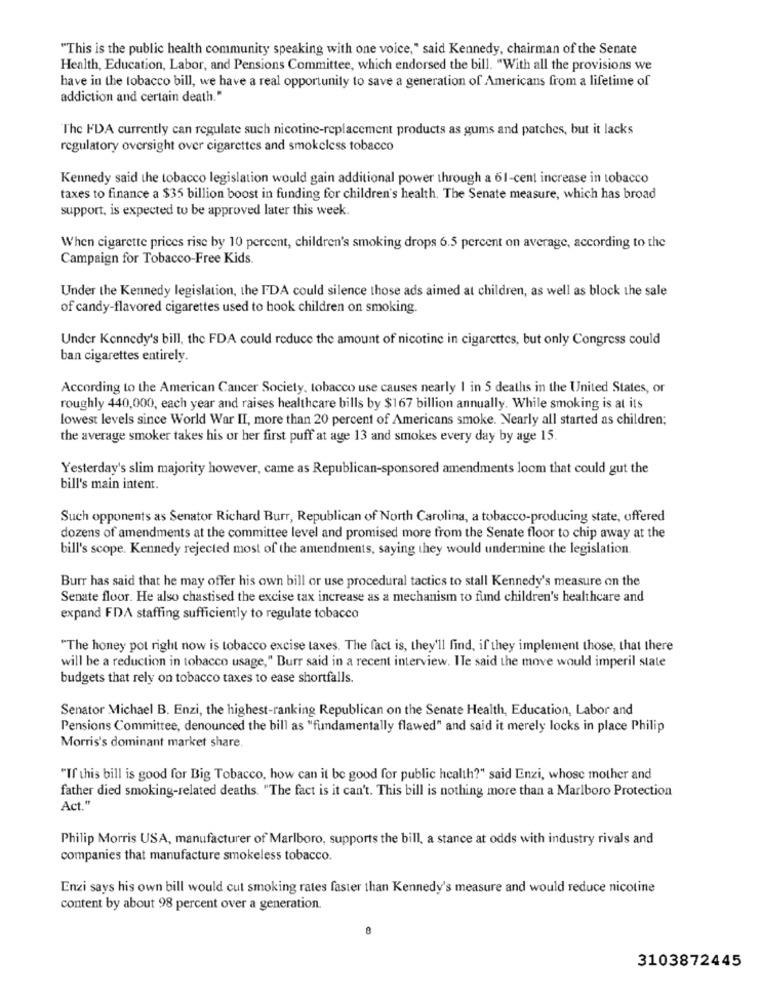
"This is the public health community speaking with one voice," said Kennedy, chairman of the Senate
Health, Education, Labor, and Pensions Committee, which endorsed the bill. "With all the provisions we
have in the tobacco bill, we have a real opportunity to save a generation of Americans from a lifetime of
addiction and certain death."
The FDA currently can regulate such nicotine-replacement products as gums and patches, but it lacks
regulatory oversight over cigarettes and smokeless tobacco
Kennedy said the tobacco legislation would gain additional power through a 61-cent increase in tobacco
taxes to finance a $35 billion boost in funding for children's health. The Senate measure, which has broad
support, is expected to be approved later this week.
When cigarette prices rise by 10 percent, children's smoking drops 6.5 percent on average, according to the
Campaign for Tobacco-Free Kids.
Under the Kennedy legislation, the FDA could silence those ads aimed at children, as well as block the sale
of candy-flavored cigarettes used to hook children on smoking.
Under Kennedy's bill, the FDA could reduce the amount of nicotine in cigarettes, but only Congress could
ban cigarettes entirely.
According to the American Cancer Society, tobacco use causes nearly 1 in 5 deaths in the United States, or
roughly 440,000, each year and raises healthcare bills by $167 billion annually. While smoking is at its
lowest levels since World War II, more than 20 percent of Americans smoke. Nearly all started as children;
the average smoker takes his or her first puff at age 13 and smokes every day by age 15.
Yesterday's slim majority however, came as Republican-sponsored amendments loom that could gut the
bill's main intent.
Such opponents as Senator Richard Burr, Republican of North Carolina, a tobacco-producing state, offered
dozens of amendments at the committee level and promised more from the Senate floor to chip away at the
bill's scope. Kennedy rejected most of the amendments, saying they would undermine the legislation
Burr has said that he may offer his own bill or use procedural tactics to stall Kennedy's measure on the
Senate floor. He also chastised the excise tax increase as a mechanism to fund children's healthcare and
expand FDA staffing sufficiently to regulate tobacco
"The honey pot right now is tobacco excise taxes. The fact is, they'll find, if they implement those, that there
will be a reduction in tobacco usage," Burr said in a recent interview. ITe said the move would imperil state
budgets that rely on tobacco taxes to ease shortfalls.
Senator Michael B. Enzi, the highest-ranking Republican on the Senate Health, Education, Labor and
Pensions Committee, denounced the bill as "fundamentally flawed" and said it merely locks in place Philip
Morris's dominant market share.
"If this bill is good for Big Tobacco, how can it be good for public health?" said Enzi, whose mother and
father died smoking-related deaths. "The fact is it can't. This bill is nothing more than a Marlboro Protection
Act."
Philip Morris USA, manufacturer of Marlboro, supports the bill, a stance at odds with industry rivals and
companies that manufacture smokeless tobacco.
Enzi says his own bill would cut smoking rates faster than Kennedy's measure and would reduce nicotine
content by about 98 percent over a generation.
3103872445